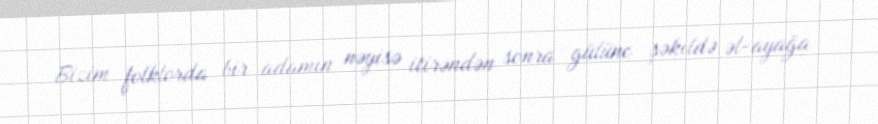
Bizim folklorda bir adamın nəyisə itirəndən sonra gülünc şəkildə əl-ayağa